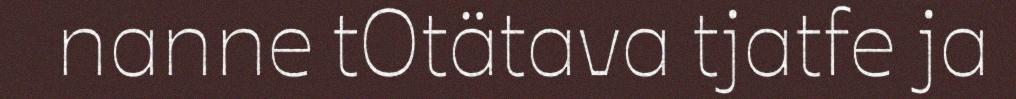
nanne tOtätava tjatfe ja